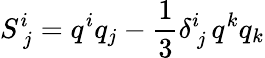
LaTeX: S_{\ j}^{i}=q^{i}q_{j}-\frac{1}{3}\delta_{\ j}^{i}\, q^{k}q_{k}